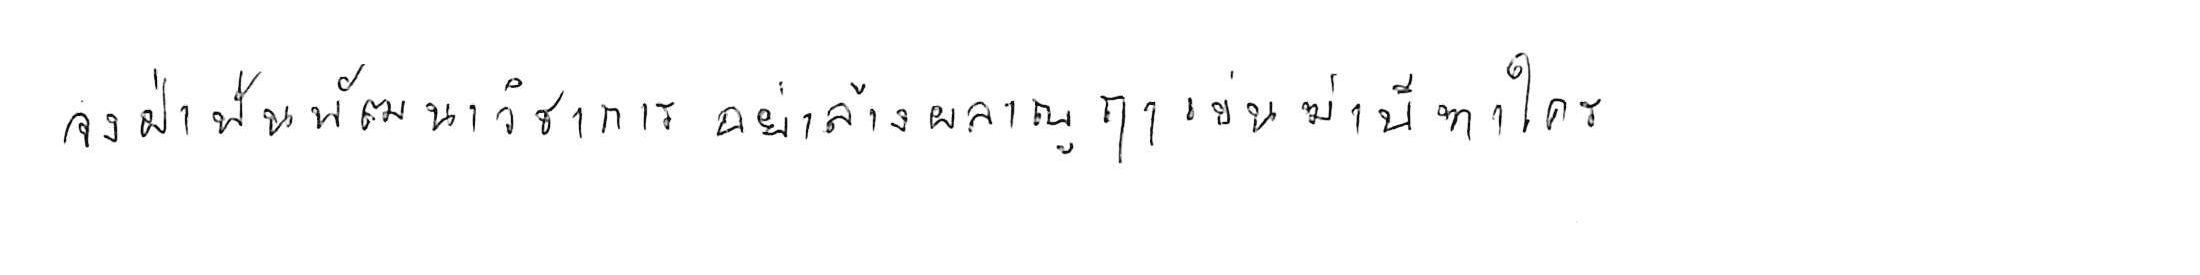
จงฝ่าฟันพัฒนาวิชาการ อย่าล้างผลาญฤๅเข่นฆ่าบีฑาใคร